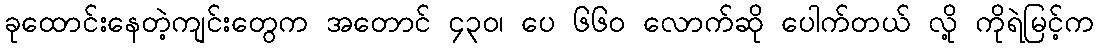
ခုထောင်းနေတဲ့ကျင်းတွေက အတောင် ၄၃၀၊ ပေ ၆၆၀ လောက်ဆို ပေါက်တယ် လို့ ကိုရဲမြင့်က